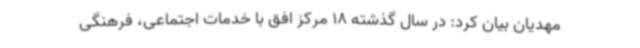
مهدیان بیان کرد: در سال گذشته 18 مرکز افق با خدمات اجتماعی، فرهنگی